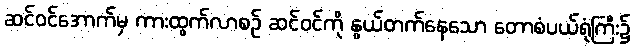
ဆင်ဝင်အောက်မှ ကားထွက်လာစဉ် ဆင်ဝင်ကို နွယ်တက်နေသော တောစံပယ်ရုံကြီး၌